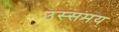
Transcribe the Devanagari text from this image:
उस्समय